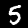
Label: 5